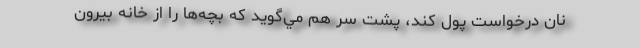
نان درخواست پول كند، پشت سر هم مي‌گويد كه بچه‌ها را از خانه بيرون